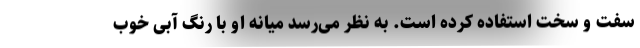
سفت و سخت استفاده کرده است. به نظر می‌رسد میانه او با رنگ آبی خوب